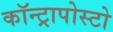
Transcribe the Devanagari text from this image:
कॉन्ट्रापोस्टो